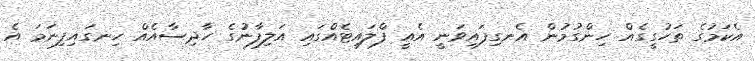
އެކަމުގެ ތަހުގީގެއް ހިންގުމުން އެނގިފައިވަނީ އެއީ ފްލައިޓެއްގައި އަލިފާނުގެ ހާދިސާއެއް ހިނގައިފިނަމަ އެ